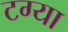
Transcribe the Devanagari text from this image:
टग्या